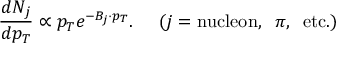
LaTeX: \frac { d N _ { j } } { d p _ { T } } \propto p _ { T } e ^ { - B _ { j } \cdot p _ { T } } . \; \; \; \; \; ( j = \mathrm { n u c l e o n } , \; \; \pi , \; \; \mathrm { e t c } . )